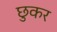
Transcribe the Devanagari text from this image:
छुकर